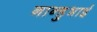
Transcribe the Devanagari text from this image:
नान्हुभाई